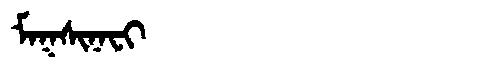
Manchu: ᠮᠠᡴᠰᡳᠨᠠᠸᡳ
Romanization: MAKSINAFI